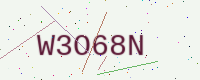
Text: W3O68N